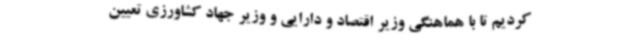
کردیم تا با هماهنگی وزیر اقتصاد و دارایی و وزیر جهاد کشاورزی تعیین